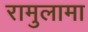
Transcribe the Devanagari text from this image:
रामुलामा